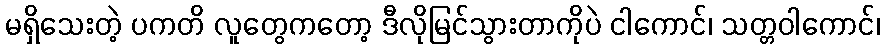
မရှိသေးတဲ့ ပကတိ လူတွေကတော့ ဒီလိုမြင်သွားတာကိုပဲ ငါကောင်၊ သတ္တဝါကောင်၊